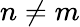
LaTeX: n\ne m